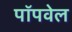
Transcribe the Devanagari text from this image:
पॉपवेल